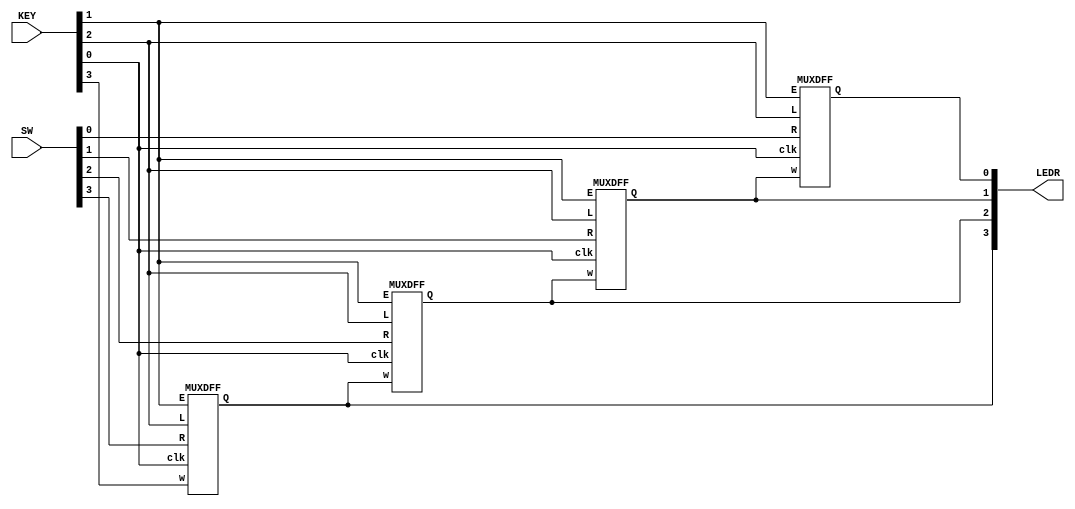
module top_module (
    input [3:0] SW,
    input [3:0] KEY,
    output [3:0] LEDR
); //
    localparam N = 4;

    wire clk,E,L,w;
    assign {w,L,E,clk} = KEY;
    genvar i;
    generate
        for (i =0; i < N; i = i + 1) begin : block_name
            if (i==N-1) MUXDFF mod(clk, w, SW[3], E, L, LEDR[3]);
            else MUXDFF mod(clk, LEDR[i+1], SW[i], E, L, LEDR[i]);
        end
    endgenerate
endmodule

module MUXDFF ( 
    input clk,
    input w, R, E, L,
    output reg Q
);
    always @(posedge clk) begin
        Q <= L ? R : (E ? w : Q);
    end
endmodule